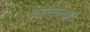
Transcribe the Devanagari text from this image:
क्रोनिकलकडे